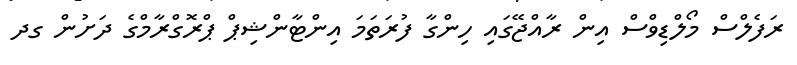
ރަފެލްސް މޯލްޑިވްސް އިން ރާއްޖޭގައި ހިންގާ ފުރަތަމަ އިންޓާންޝިޕް ޕްރޮގްރާމްގެ ދަށުން ގދ